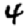
Digit: 4